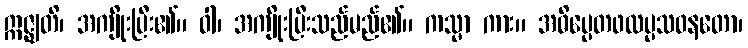
ဣဇ္ဈတိ၊ အကျိုးပြီး၏။ ဝါ၊ အကျိုးပြီးသည်မည်၏။ ကသ္မာ ကား။ အဓိပ္ပေတဖလပ္ပသဝနတော၊